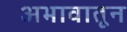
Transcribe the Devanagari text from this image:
अभावातून